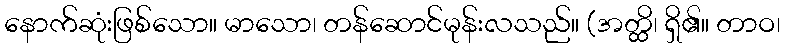
နောက်ဆုံးဖြစ်သော။ မာသော၊ တန်ဆောင်မုန်းလသည်။ (အတ္ထိ၊ ရှိ၏။ တာဝ၊